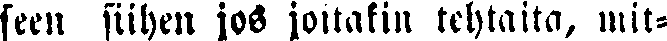
seen siihen jos joitakin tehtaita, mit-